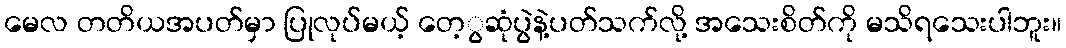
မေလ တတိယအပတ်မှာ ပြုလုပ်မယ့် တေ့ွဆုံပွဲနဲ့ပတ်သက်လို့ အသေးစိတ်ကို မသိရသေးပါဘူး။